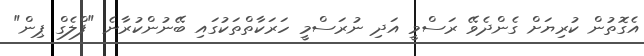
އެގޮތުން ކުރިޔަށް ގެންދެވޭ ރަސްމީ އަދި ނުރަސްމީ ހަރަކާތްތަކުގައި ބޭނުންކުރާނެ "ފްލެގް ޕިން"